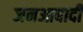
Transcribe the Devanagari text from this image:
जनआबादी